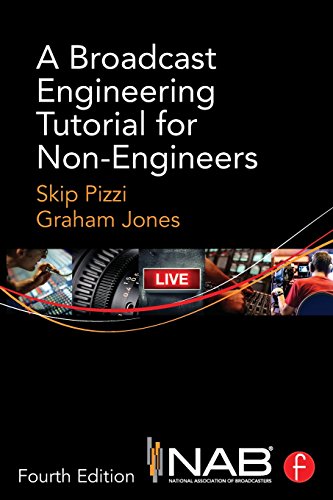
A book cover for A Broadcast Engineering Tutorial for Non-Engineers; Skip Pizzi; Crafts, Hobbies & Home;